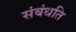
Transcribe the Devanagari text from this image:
संबंधति